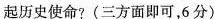
起历史使命?(三方面即可，6分)